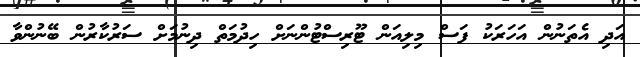
އަދި އެތަނުން އަހަރަކު ފަސް މިލިއަން ޓޫރިސްޓުންނަށް ހިދުމަތް ދިނުމަށް ސަރުކާރުން ބޭނުންވާ